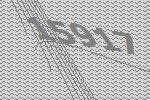
15917